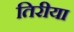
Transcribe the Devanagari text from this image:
तिरीया